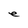
Character: e